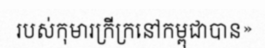
របស់កុមារក្រីក្រនៅកម្ពុជាបាន»